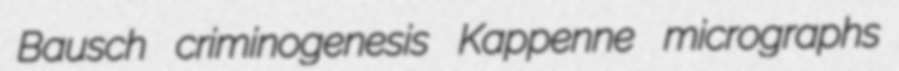
Bausch criminogenesis Kappenne micrographs